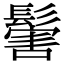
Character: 𩮝